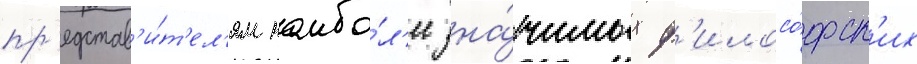
пр'едстав'и́т'ел'ям наибо́л'ее зна́чимых ф'илосо́фск'их